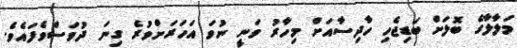
މަލާލާގެ ބޮލަށް ބަޑިޖެހި ހާދިސާއަށް މިހާރު ވަނީ ނުވަ އަހަރަށްވުރެ ގިނަ ދުވަސްވެފައެވެ.